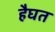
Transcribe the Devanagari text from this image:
हैघत